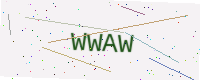
Text: WWAW